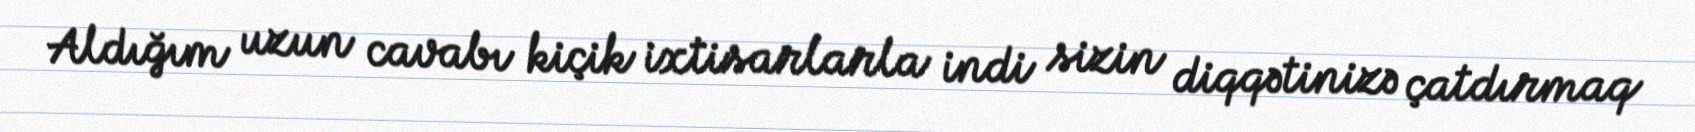
Aldığım uzun cavabı kiçik ixtisarlarla indi sizin diqqətinizə çatdırmaq